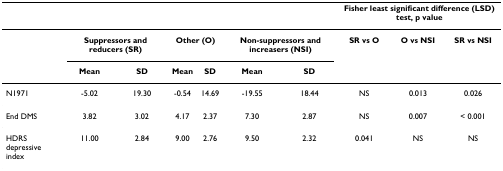
<table><thead><tr><td></td><td></td><td></td><td></td><td></td><td></td><td></td><td colspan="3"><b>Fisher least significant difference (LSD) test, p value</b></td></tr></thead><tbody><tr><td></td><td colspan="2"><b>Suppressors and reducers (SR)</b></td><td colspan="2"><b>Other (O)</b></td><td colspan="2"><b>Non-suppressors and increasers (NSI)</b></td><td><b>SR vs O</b></td><td><b>O vs NSI</b></td><td><b>SR vs NSI</b></td></tr><tr><td></td><td><b>Mean</b></td><td><b>SD</b></td><td><b>Mean</b></td><td><b>SD</b></td><td><b>Mean</b></td><td><b>SD</b></td><td></td><td></td><td></td></tr><tr><td>N1971</td><td>-5.02</td><td>19.30</td><td>-0.54</td><td>14.69</td><td>-19.55</td><td>18.44</td><td>NS</td><td>0.013</td><td>0.026</td></tr><tr><td>End DMS</td><td>3.82</td><td>3.02</td><td>4.17</td><td>2.37</td><td>7.30</td><td>2.87</td><td>NS</td><td>0.007</td><td>&lt; 0.001</td></tr><tr><td>HDRS depressive index</td><td>11.00</td><td>2.84</td><td>9.00</td><td>2.76</td><td>9.50</td><td>2.32</td><td>0.041</td><td>NS</td><td>NS</td></tr></tbody></table>